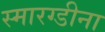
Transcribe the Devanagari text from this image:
स्मारग्डीना